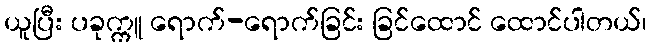
ယူပြီး ပခုက္ကူ ရောက်-ရောက်ခြင်း ခြင်ထောင် ထောင်ပါတယ်၊